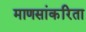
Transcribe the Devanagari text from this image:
माणसांकरिता